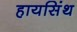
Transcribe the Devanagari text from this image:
हायसिंथ